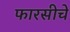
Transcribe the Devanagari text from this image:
फारसीचे